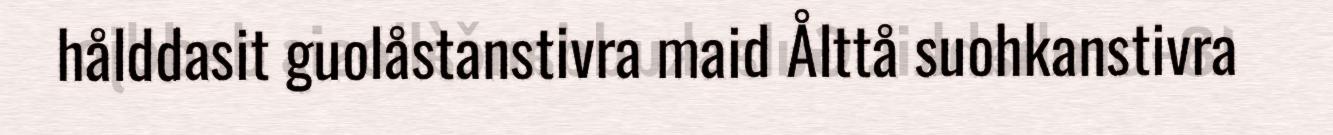
hålddasit guolåstanstivra maid Ålttå suohkanstivra